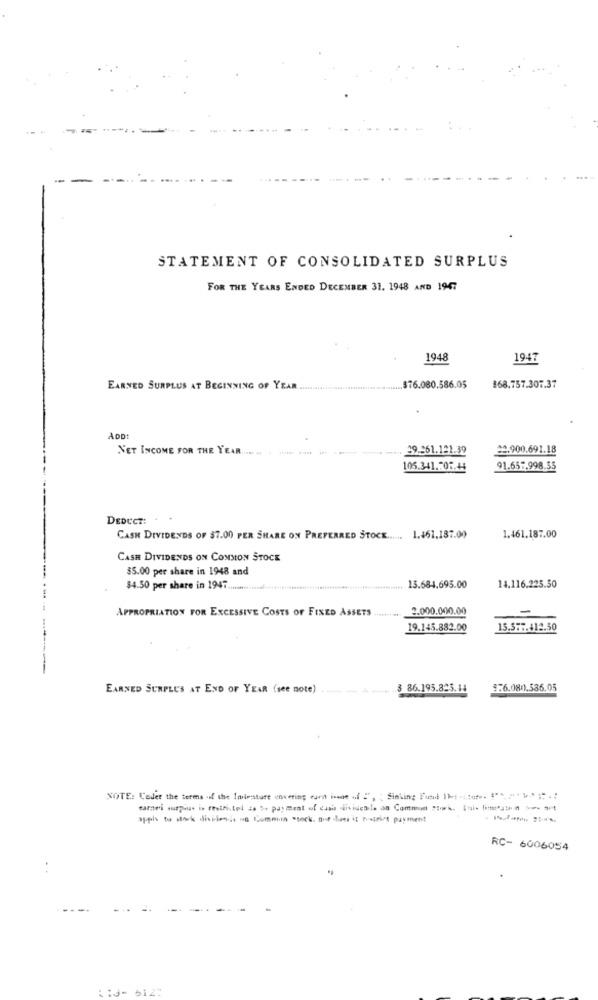
STATEMENT OF CONSOLIDATED SURPLUS
FOR THE YEARS ENDED DECEMBER 31. 1948 AND 1947
1948
1947
EARNED SURPLUS AT BEGINNING OF YEAR .............................
.. $76.080.586.05
868.757.307.37
ADD!
NET INCOME FOR THE YEAR ...... . ......... .. ...... ............ 29.861.121.39
22.900.691.18
105.341.706.44
91.657.998.55
DEDUCT:
CASH DIVIDENDS OF $7.00 PER SHARE ON PREFERRED STOCK ...... 1.461,187.00
1.461,187.00
CASH DIVIDENDS ON COMMON STOCK
$5.00 per share in 1948 and
$4.50 per share in 1947 .........................
13.684.695.00
14.116.225.50
APPROPRIATION FOR EXCESSIVE COSTS OF FIXED ASSETS ..
2.000.000.00
-
19.145.882.00
15.377.412.50
--------
EARNED SURPLUS AT END OF YEAR (see note)
$ 86.195.825.14
$6.080).586.05
NOTE: Leder the terms of the Ininsture envering card inoe .f =", ; Sinking Fund : .:... ""* ** ***.;
RC- 6006054
. .
:: 3- 512: